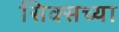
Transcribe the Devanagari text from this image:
सिक्सच्या